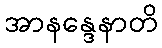
အာနန္ဒေနာတိ